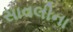
સાવલીના